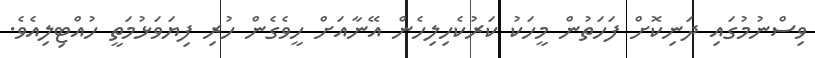
ވިސްނުމުގައި ދަނިކޮށް ފަހަތުން މީހަކު ކަރުކެހިލިހެން އޭނާއަށް ހީވެގެން ހުރި ފިޔަވަޅުމަތީ ހުއްޓިލިއެވެ.